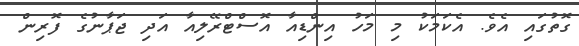
ގޮތުގައި އެވެ. އެކަމަކު މި މަހު އިންޑިއާ އޮސްޓްރޭލިއާ އަދި ޖަޕާނުގެ ފޮރިން